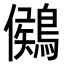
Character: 𪃶